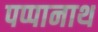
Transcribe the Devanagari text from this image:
पप्पानाथ